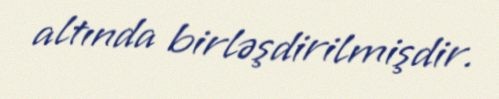
altında birləşdirilmişdir.